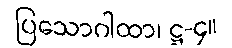
ပြသောဂါထာ၊ ဋ္ဌ-၄။